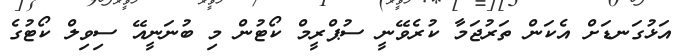
އަޅުގަނޑަށް އެކަން ތަރުޖަމާ ކުރެވޭނީ ސުޕްރީމް ކޯޓުން މި ބުނަނީއޭ ސިވިލް ކޯޓުގެ